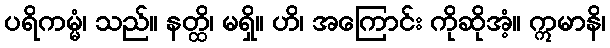
ပရိကမ္မံ၊ သည်။ နတ္ထိ၊ မရှိ။ ဟိ၊ အကြောင်း ကိုဆိုအံ့။ ဣမာနိ၊